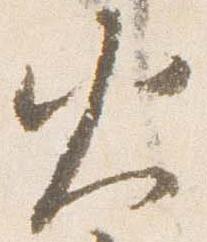
火